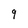
Character: 9